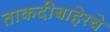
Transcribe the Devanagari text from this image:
ताकदीबाहेरचे